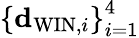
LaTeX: \left\{ {\mathbf d}_{\mathrm{WIN},i}\right\} _{i=1}^{4}